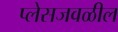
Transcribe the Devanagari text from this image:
प्लेसजवळील